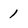
Character: 1